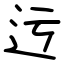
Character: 迃